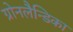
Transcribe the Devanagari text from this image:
ग्रोनलैन्डिका